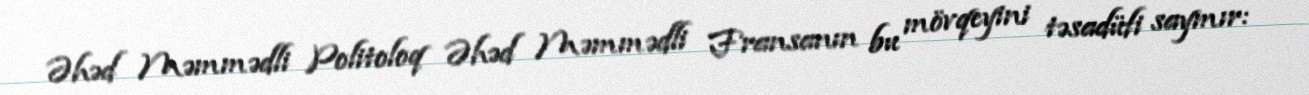
Əhəd Məmmədli Politoloq Əhəd Məmmədli Fransanın bu mövqeyini təsadüfi saymır: